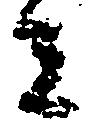
者